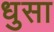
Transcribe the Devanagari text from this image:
धुसा